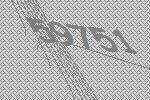
59751